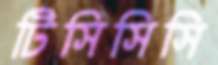
টিসিসিসি